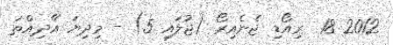
2012 18  ރިއޯޑި ޖެނެއިރޯ (ޖުލައި 5) - މިދިޔަ އާދިއްތަ